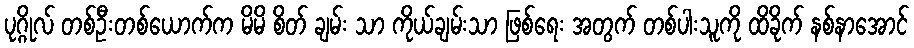
ပုဂ္ဂိုလ် တစ်ဦးတစ်ယောက်က မိမိ စိတ် ချမ်း သာ ကိုယ်ချမ်းသာ ဖြစ်ရေး အတွက် တစ်ပါးသူကို ထိခိုက် နစ်နာအောင်